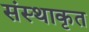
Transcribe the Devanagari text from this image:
संस्थाकृत